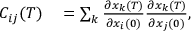
\begin{array} { r l } { C _ { i j } ( T ) } & { { } = \sum _ { k } \frac { \partial x _ { k } ( T ) } { \partial x _ { i } ( 0 ) } \frac { \partial x _ { k } ( T ) } { \partial x _ { j } ( 0 ) } , } \end{array}